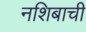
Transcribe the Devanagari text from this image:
नशिबाची